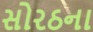
સોરઠના